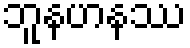
ဘူနဟနဿ